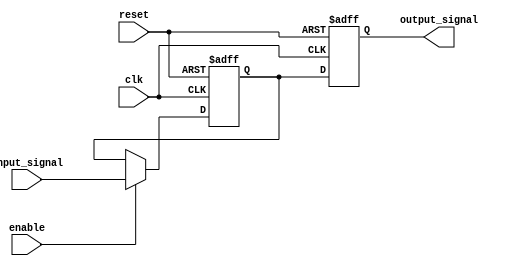
module latch_delay (
    input wire clk,
    input wire reset,
    input wire enable,
    input wire input_signal,
    output reg output_signal
);

reg delayed_signal;

always @(posedge clk or posedge reset) begin
    if (reset) begin
        delayed_signal <= 1'b0;
    end else if (enable) begin
        delayed_signal <= input_signal;
    end
end

always @(posedge clk or posedge reset) begin
    if (reset) begin
        output_signal <= 1'b0;
    end else begin
        output_signal <= delayed_signal;
    end
end

endmodule